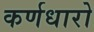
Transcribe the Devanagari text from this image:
कर्णधारो